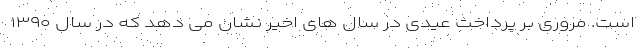
است. مروری بر پرداخت عیدی در سال های اخیر نشان می دهد که در سال ۱۳۹۰